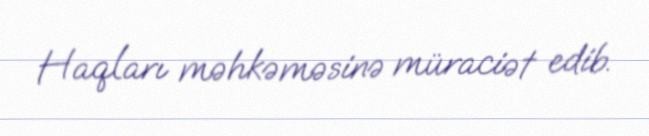
Haqları məhkəməsinə müraciət edib.